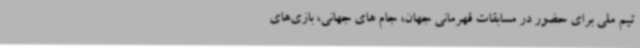
تیم ملی برای حضور در مسابقات قهرمانی جهان، جام های جهانی، بازی‌های